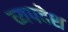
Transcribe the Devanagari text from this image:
व्यपदेश